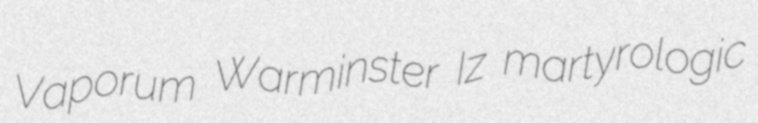
Vaporum Warminster Iz martyrologic